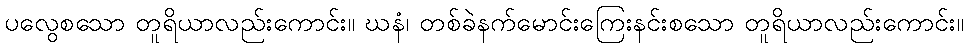
ပလွေစသော တူရိယာလည်းကောင်း။ ဃနံ၊ တစ်ခဲနက်မောင်းကြေးနင်းစသော တူရိယာလည်းကောင်း။